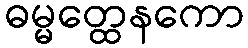
ဓမ္မတ္ထေနကော